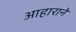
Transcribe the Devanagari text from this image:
आहाराने